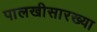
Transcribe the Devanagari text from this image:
पालखीसारख्या